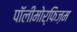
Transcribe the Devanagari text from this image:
पॉलीमोर्फिज़म